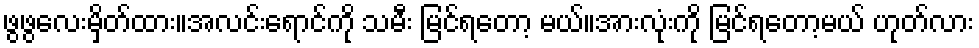
ဖွဖွလေးမှိတ်ထား။အလင်းရောင်ကို သမီး မြင်ရတော့ မယ်။အားလုံးကို မြင်ရတော့မယ် ဟုတ်လား